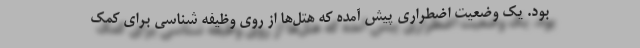
بود. یک وضعیت اضطراری پیش آمده که هتل‌ها از روی وظیفه شناسی برای کمک